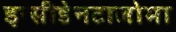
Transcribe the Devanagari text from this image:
इन्सीडेनटालोमा